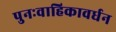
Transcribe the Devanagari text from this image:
पुनःवाहिकावर्धन